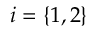
i = \{ 1 , 2 \}